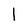
Character: I